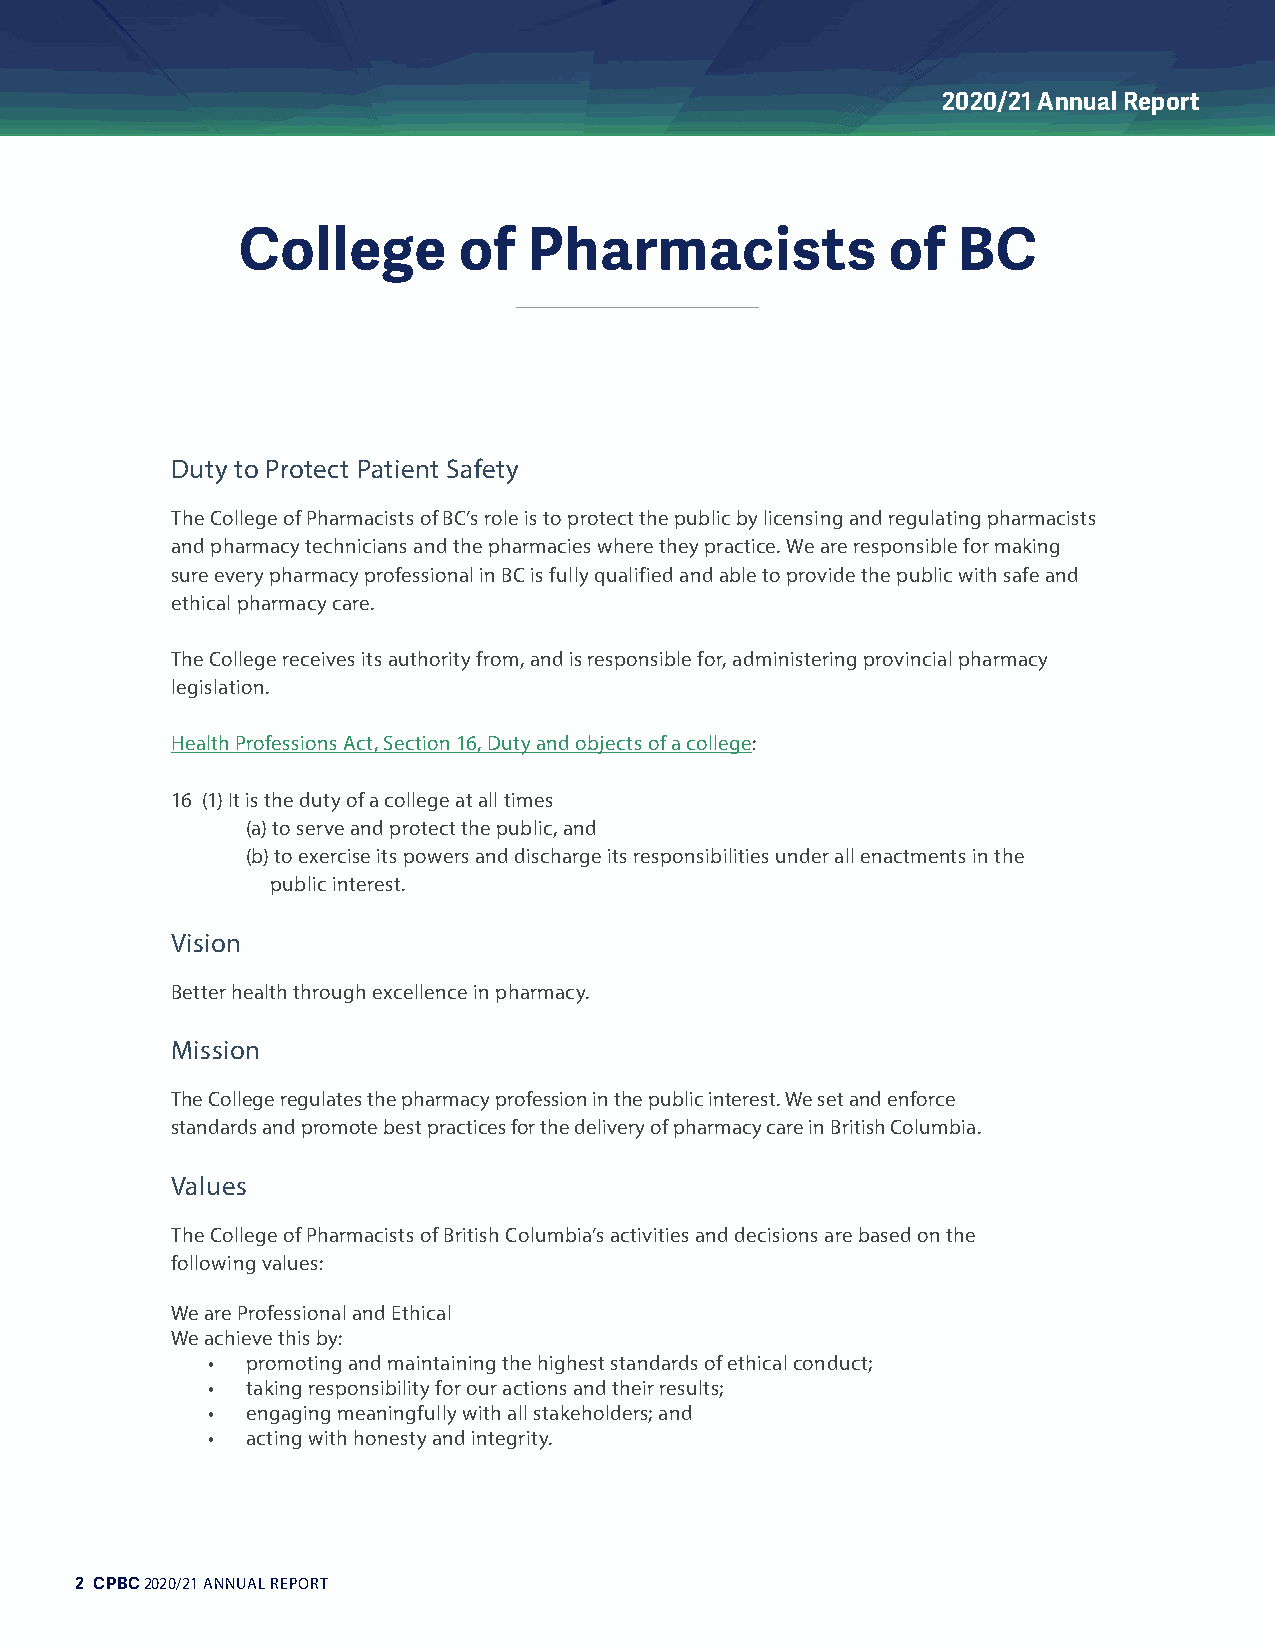
2020/21 Annual Report
 College       of   Pharmacists             of  BC
 Duty to Protect Patient Safety
 The College of Pharmacists of BC’s role is to protect the public by licensing and regulating pharmacists
 and pharmacy technicians and the pharmacies where they practice. We are responsible for making
 sure every pharmacy professional in BC is fully qualified and able to provide the public with safe and
 ethical pharmacy care.
 The College receives its authority from, and is responsible for, administering provincial pharmacy
 legislation.
 Health Professions Act, Section 16, Duty and objects of a college:
 16 (1) It is the duty of a college at all times
 (a) to serve and protect the public, and
 (b) to exercise its powers and discharge its responsibilities under all enactments in the
 public interest.
 Vision
 Better health through excellence in pharmacy.
 Mission
 The College regulates the pharmacy profession in the public interest. We set and enforce
 standards and promote best practices for the delivery of pharmacy care in British Columbia.
 Values
 The College of Pharmacists of British Columbia’s activities and decisions are based on the
 following values:
 We are Professional and Ethical
 We achieve this by:
 • promoting and maintaining the highest standards of ethical conduct;
 • taking responsibility for our actions and their results;
 • engaging meaningfully with all stakeholders; and
 • acting with honesty and integrity.
 2 CPBC 2020/21 ANNUAL REPORT